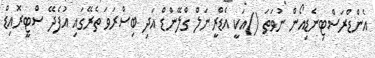
އެންޑްރަސްޓިނެޑިއޯން ނުވަތަ ()އަކީ އެޑްރީނަލް ގްލޭންޑް އަދި ބިސްރަވަ ތެރޭގައި އުފެދޭ ސްޓީރޮއިޑް